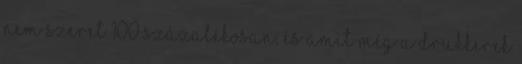
nem szeret 100 százalékosan, és amit még a drukkerek